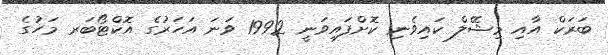
ބަރަކް އާއި މިޝޭލް ކައިވެނި ކޮށްފައިވަނީ 1992 ވަނަ އަހަރުގެ އޮކްޓޯބަރ މަހުގެ